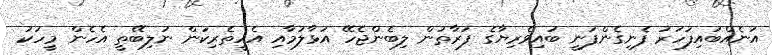
އަނެއްބައިފަހަރު ފެނިގެންފަނީ ބައިވެރިޔާގެ ފަރާތުން ލިބެންޖެހޭ އަޅާލުމާއި އެހީތެރިކަން ނުލިބޭތީ އެހެން މީހަކު